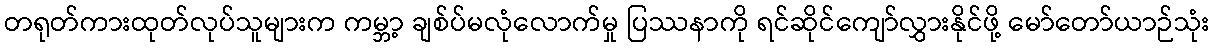
တရုတ်ကားထုတ်လုပ်သူများက ကမ္ဘာ့ ချစ်ပ်မလုံလောက်မှု ပြဿနာကို ရင်ဆိုင်ကျော်လွှားနိုင်ဖို့ မော်တော်ယာဉ်သုံး